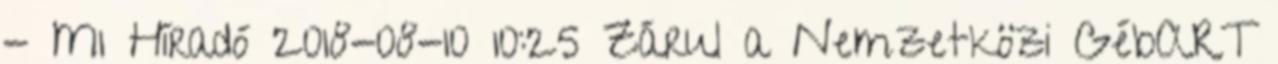
- M1 Híradó 2018-08-10 10:25 Zárul a Nemzetközi GébART